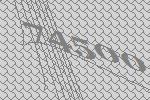
74500